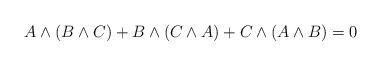
LaTeX: \begin{align*}A \wedge (B \wedge C) + B \wedge (C \wedge A) + C \wedge (A \wedge B) = 0\end{align*}